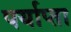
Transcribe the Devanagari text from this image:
पर्याप्ता